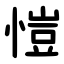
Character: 愷